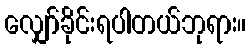
လျှော်ခိုင်းရပါတယ်ဘုရား။